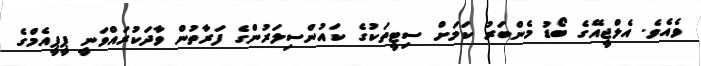
ވެއެވެ. އެލްޖީއޭގެ ބޯޑު މެންބަރު ކަމަށް ސިޓީތަކުގެ ކައުންސިލަރުންގެ ފަރާތުން ވާދަކުރައްވަނީ ޕީޕީއެމްގެ